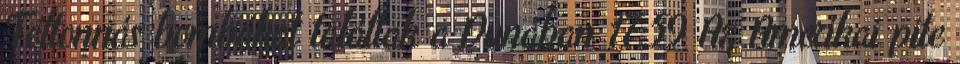
Féltonnás bombákat találtak a Dunában 17:59 Az Amerikai pite